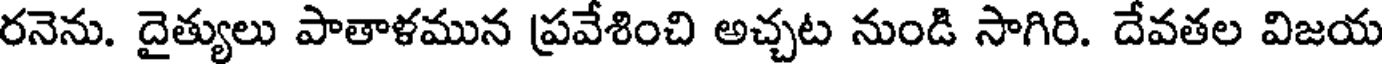
రనెను. దైత్యులు పాతాళమున ప్రవేశించి అచ్చట నుండి సాగిరి. దేవతల విజయ